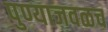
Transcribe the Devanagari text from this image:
पुण्याजवळच